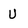
Character: U